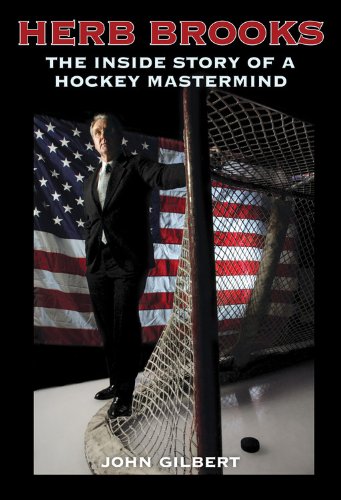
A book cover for Herb Brooks: The Inside Story of a Hockey Mastermind; John Gilbert; Biographies & Memoirs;